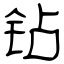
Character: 钻